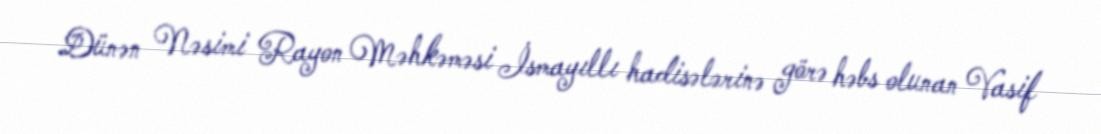
Dünən Nəsimi Rayon Məhkəməsi İsmayıllı hadisələrinə görə həbs olunan Vasif